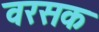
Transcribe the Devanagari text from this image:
वरसक